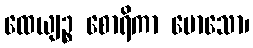
ထေယျဉ္စ စောရိကာ မောသော၊